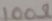
Text: 100Ω